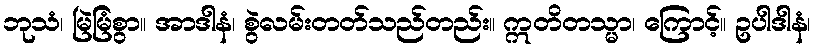
ဘုသံ၊ မြဲမြံစွာ။ အာဒါနံ၊ စွဲလမ်းတတ်သည်တည်း။ ဣတိတသ္မာ၊ ကြောင့်။ ဥပါဒါနံ၊